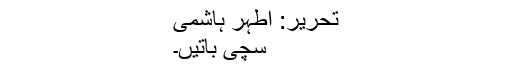
تحریر: اطہر ہاشمی
سچی باتیں۔